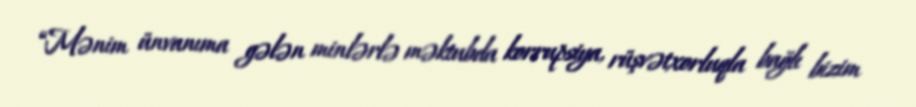
“Mənim ünvanıma gələn minlərlə məktubda korrupsiya, rüşvətxorluqla bağlı bizim